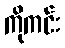
ကိုကင်း